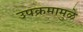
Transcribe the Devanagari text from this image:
उपक्रमामुळे